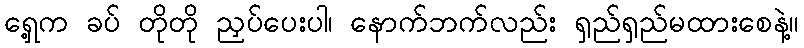
ရှေ့က ခပ် တိုတို ညှပ်ပေးပါ၊ နောက်ဘက်လည်း ရှည်ရှည်မထားစေနဲ့။